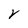
Character: V